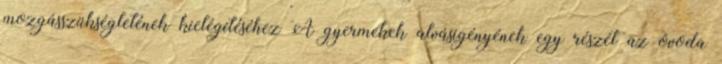
mozgásszükségletének kielégítéséhez A gyermekek alvásigényének egy részét az óvoda